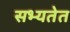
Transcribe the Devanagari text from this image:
सभ्यतेत